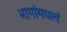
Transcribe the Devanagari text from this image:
भागांमधलं